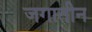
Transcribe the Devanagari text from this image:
जगातीन